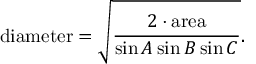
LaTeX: { \mathrm { d i a m e t e r } } = { \sqrt { \frac { 2 \cdot { \mathrm { a r e a } } } { \sin A \sin B \sin C } } } .